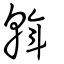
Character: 斡